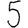
Digit: 5